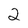
Character: 2